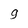
Character: 9